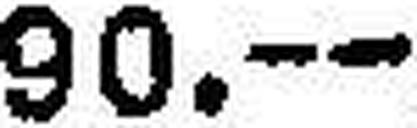
90.—